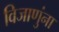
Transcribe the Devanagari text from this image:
विजाणुंना